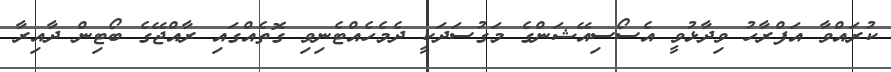
ކުރައްވާ އަފްރާހު ވިދާޅުވީ އެސޯސިއޭޝަންގެ މަގުސަދަކީ ދެމެހެއްޓެނިވި ގޮތެއްގައި ރާއްޖޭގެ ބޯޓިން ދާއިރާ